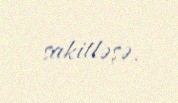
sakitləşə.